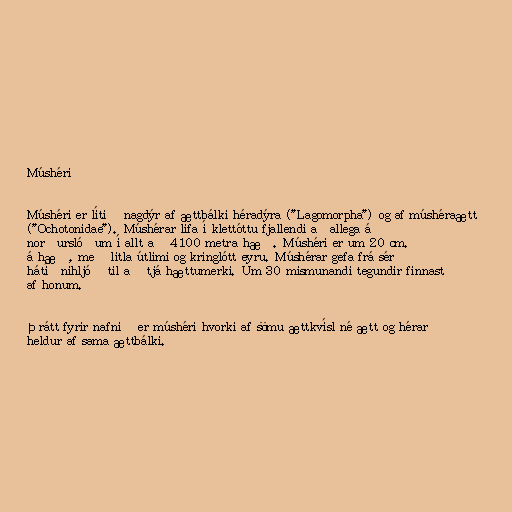
Múshéri

Múshéri er lítið nagdýr af ættbálki héradýra ("Lagomorpha") og af múshéraætt
("Ochotonidae"). Múshérar lifa í klettóttu fjallendi aðallega á
norðurslóðum í allt að 4100 metra hæð. Múshéri er um 20 cm.
á hæð, með litla útlimi og kringlótt eyru. Múshérar gefa frá sér
hátíðnihljóð til að tjá hættumerki. Um 30 mismunandi tegundir finnast
af honum.

Þrátt fyrir nafnið er múshéri hvorki af sömu ættkvísl né ætt og hérar
heldur af sama ættbálki.